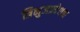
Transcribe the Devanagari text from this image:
त्रिभुजप्रदेशात